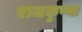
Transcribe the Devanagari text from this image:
राजकृष्णा